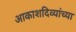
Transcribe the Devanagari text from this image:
आकाशदिव्यांच्या